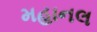
મહાનલ